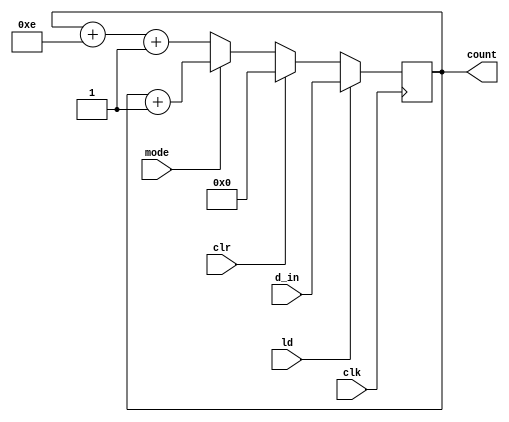
`timescale 1ns / 1ps
//////////////////////////////////////////////////////////////////////////////////
// Company: 
// Engineer: 
// 
// Design Name: 
// Module Name:    up_down_counter 
// Project Name: 
// Target Devices: 
// Tool versions: 
// Description: 
//
// Dependencies: 
//
// Revision: 
// Revision 0.01 - File Created
// Additional Comments: 
//
//////////////////////////////////////////////////////////////////////////////////
module up_down_counter(
    input mode, clr,clk,ld,
    input [3:0] d_in,
    output reg [3:0] count
    );
	 always @ (posedge clk)
		if(ld)          count = d_in;
		else if (clr)   count = 4'b0000;
		else if (mode)  count = count + 4'b0001;
		else            count = count + 4'b1110 + 4'b0001;
		
endmodule